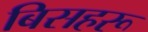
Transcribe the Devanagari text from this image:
बिसहरू